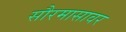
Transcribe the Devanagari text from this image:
सौरमासावर